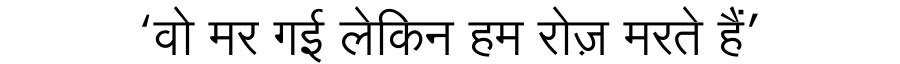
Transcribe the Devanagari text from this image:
‘वो मर गई लेकिन हम रोज़ मरते हैं’